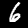
Label: 6